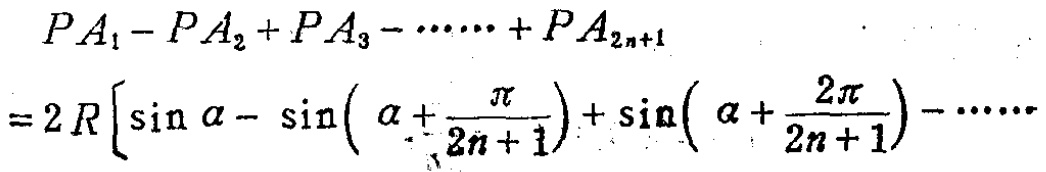
\[
\begin{align*}
&PA_1 - PA_2+PA_3-\cdots + PA_{2n + 1}\\
=&2R\left[\sin\alpha-\sin\left(\alpha+\frac{\pi}{2n + 1}\right)+\sin\left(\alpha+\frac{2\pi}{2n + 1}\right)-\cdots\right]
\end{align*}
\]